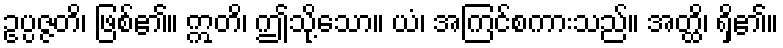
ဥပ္ပဇ္ဇတိ၊ ဖြစ်၏။ ဣတိ၊ ဤသို့သော။ ယံ၊ အကြင်စကားသည်။ အတ္ထိ၊ ရှိ၏။